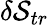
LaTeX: \delta\mathcal{S}_{tr}